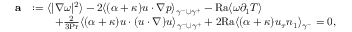
\begin{array} { r l } { \mathbf { a } } & { : = \langle | \nabla \omega | ^ { 2 } \rangle - 2 \langle ( \alpha + \kappa ) u \cdot \nabla p \rangle _ { \gamma ^ { - } \cup \gamma ^ { + } } - \mathrm { { R a } } \langle \omega \partial _ { 1 } T \rangle } \\ & { \qquad + \frac { 2 } { 3 \mathrm { P r } } \langle ( \alpha + \kappa ) u \cdot ( u \cdot \nabla ) u \rangle _ { \gamma ^ { - } \cup \gamma ^ { + } } + 2 \mathrm { { R a } } \langle ( \alpha + \kappa ) u _ { \tau } n _ { 1 } \rangle _ { \gamma ^ { - } } = 0 , } \end{array}